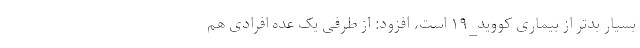
بسیار بدتر از بیماری کووید_۱۹ است، افزود: از طرفی یک عده افرادی هم